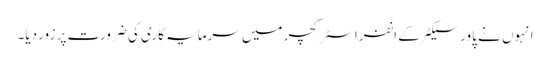
انہوں نے پاور سیکٹر کے انفراسٹرکچر میں سرمایہ کاری کی ضرورت پر زور دیا۔